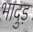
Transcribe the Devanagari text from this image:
भादुड़